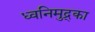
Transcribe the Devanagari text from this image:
ध्वनिमुद्र्का